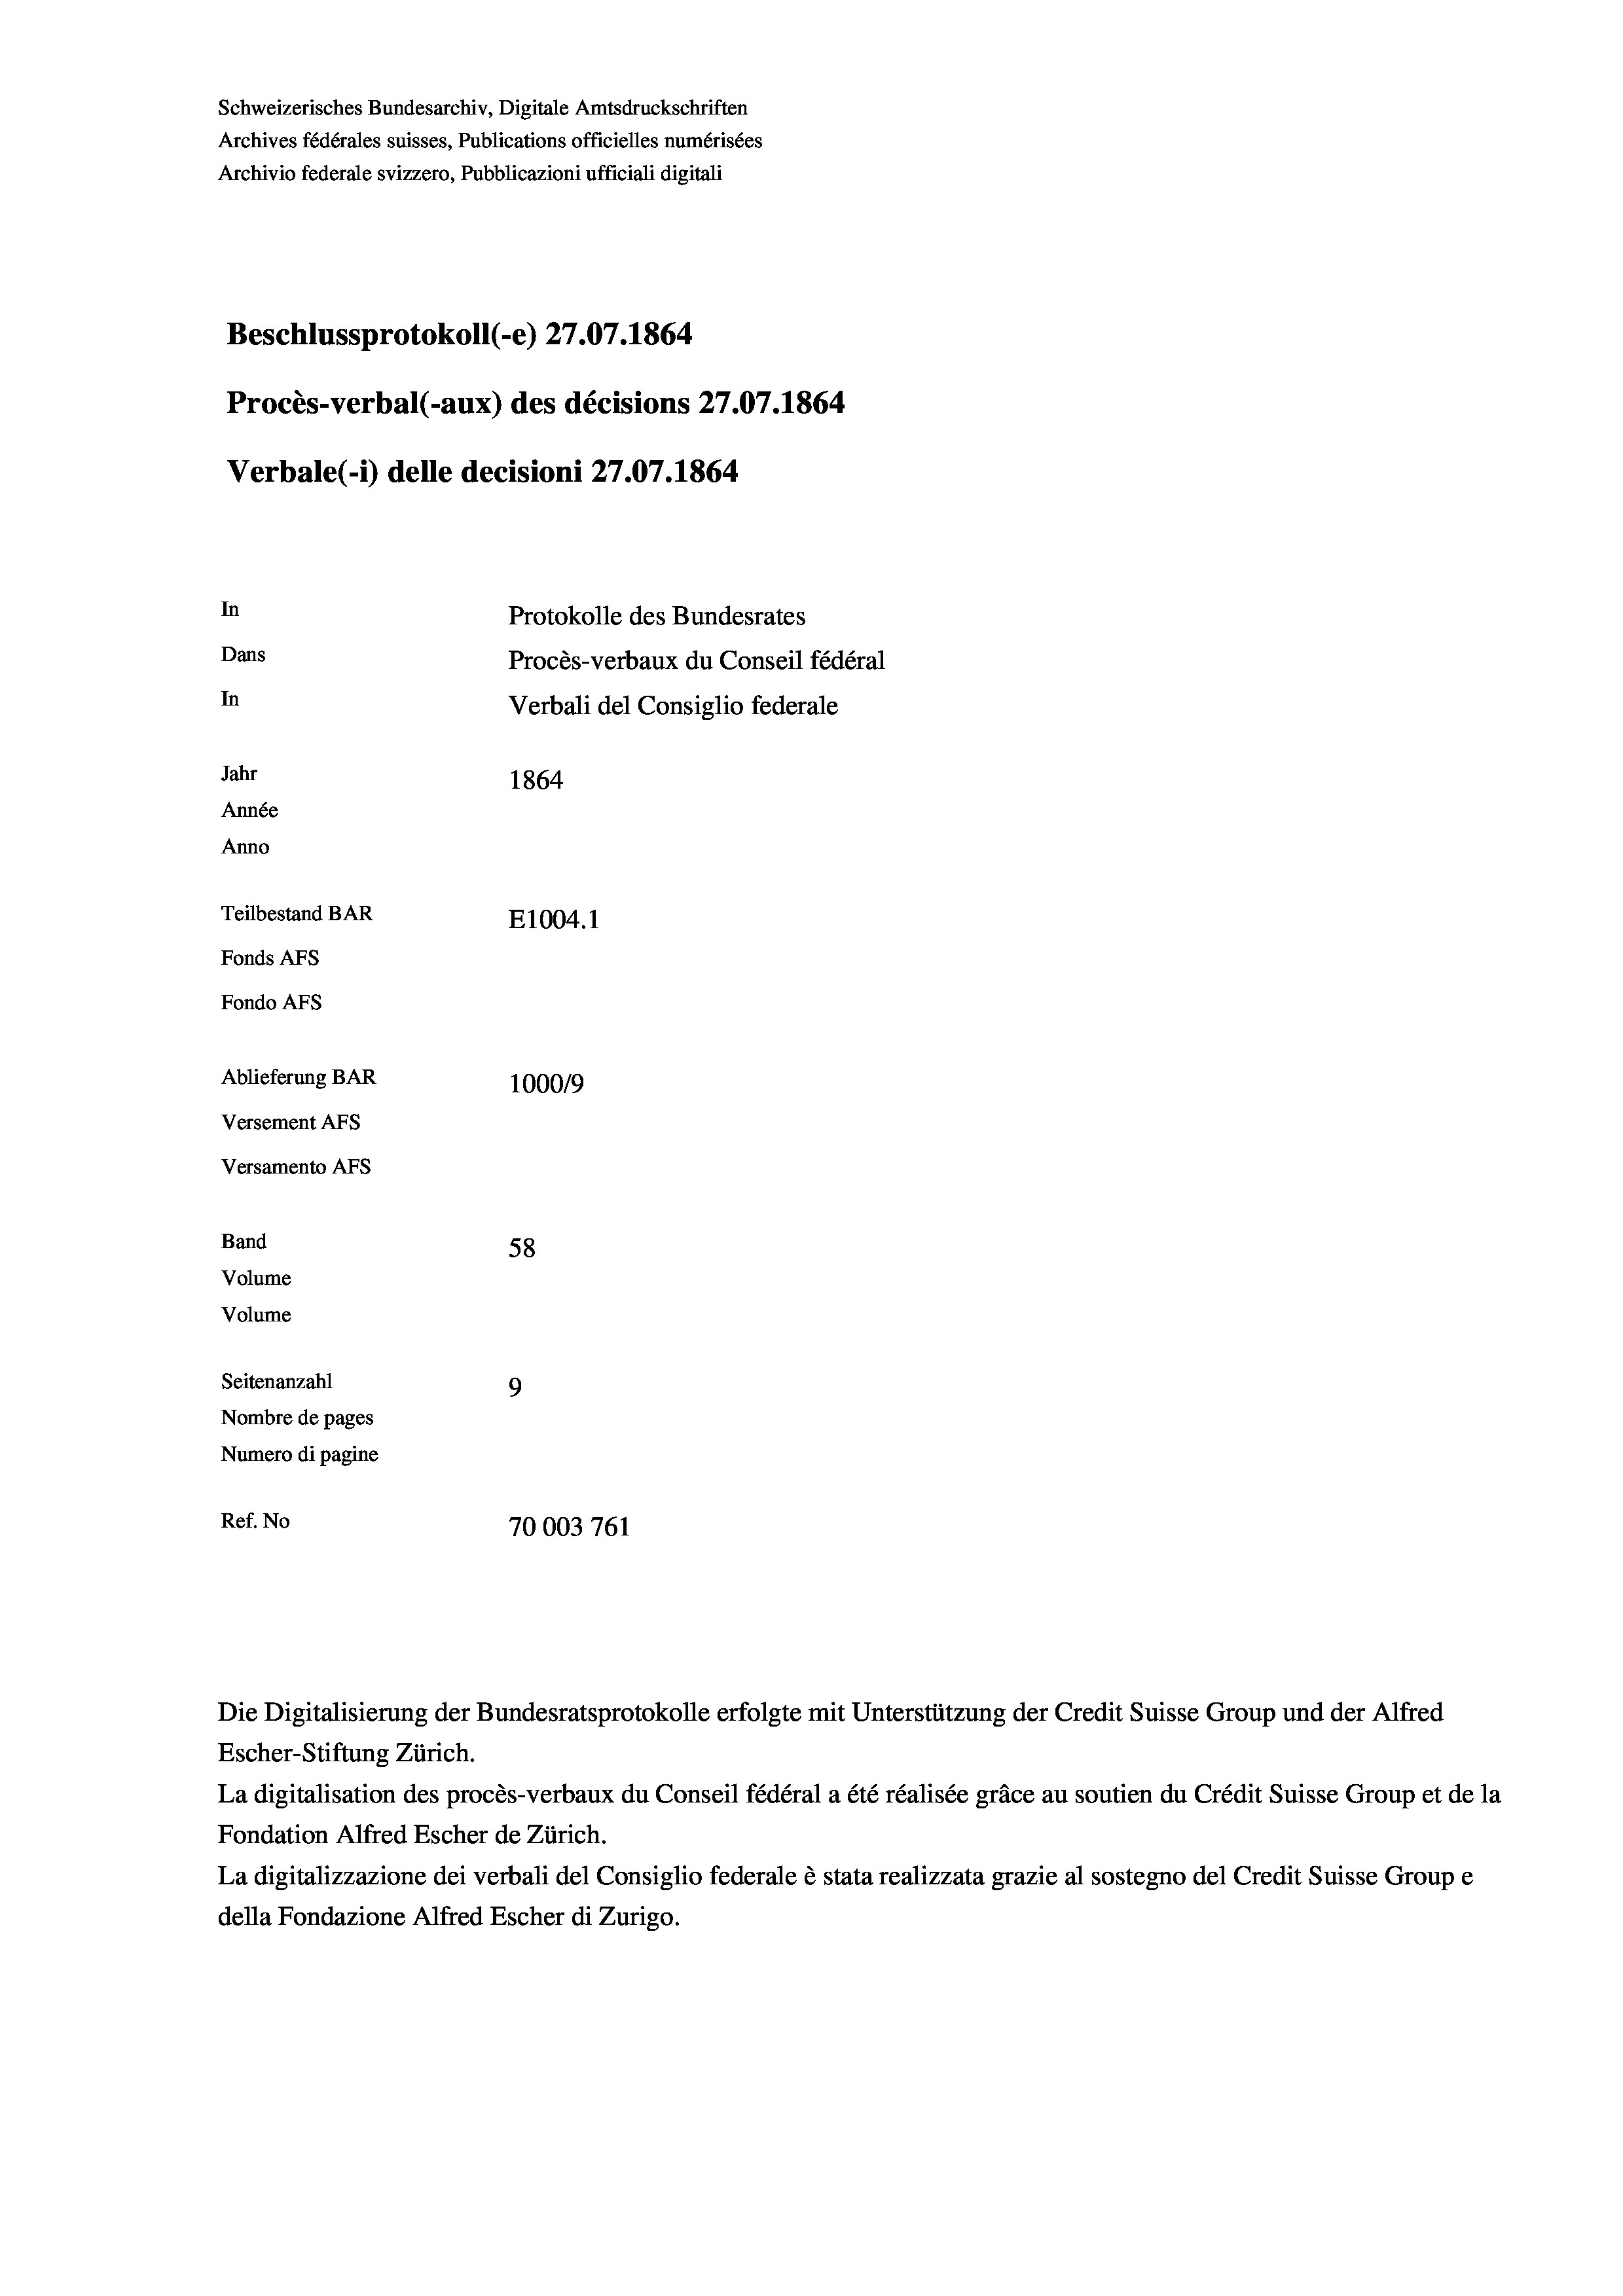
Schweizerisches Bundesarchiv, Digitale Amtsdruckschriften
Archives fédérales suisses, Publications officielles numérisées
Archivio federale svizzero, Pubblicazioni ufficiali digitali
Beschlussprotokoll (-e) 27.07. 1864
Procès-verbal (-aux) des décisions 27.07.1864
Verbale (- 1) delle decisioni 27.07. 1864
In
Protokolle des Bundesrates
Dans
Procès-verbaux du Conseil fédéral
In
Verbali del Consiglio federale
Jahr
1864
Année
Anno
Teilbestand BAR
E1004.1
Fonds Afs
Fondo AFs
Ablieferung BAR
100019
Versement AFs
Versamento Afs

Band
Volume
Volume
Seitenanzahl

58
9
Nombre de pages
Numero di pagine
Ref. No
70003 761

Escher-Stiftung Zürich.
La digitalisation des procès-verbaux du Conseil fédéral a été réalisée gräce au soutien du Crédit Suisse Group et de la
Fondation Alfred Escher de Zürich.
La digitalizzazione dei verbali del Consiglio federale è stata realizzata grazie al sostegno del Credit Suisse Groupe
della Fondazione Alfred Escher di Zurigo.

Die Digitalisierung der Bundesratsprotokolle erfolgte mit Unterstützung der Credit Suisse Group und der Alfred